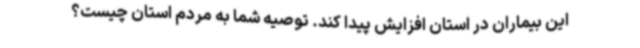
این بیماران در استان افزایش پیدا کند. توصیه شما به مردم استان چیست؟